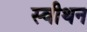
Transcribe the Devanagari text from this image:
स्वीथन